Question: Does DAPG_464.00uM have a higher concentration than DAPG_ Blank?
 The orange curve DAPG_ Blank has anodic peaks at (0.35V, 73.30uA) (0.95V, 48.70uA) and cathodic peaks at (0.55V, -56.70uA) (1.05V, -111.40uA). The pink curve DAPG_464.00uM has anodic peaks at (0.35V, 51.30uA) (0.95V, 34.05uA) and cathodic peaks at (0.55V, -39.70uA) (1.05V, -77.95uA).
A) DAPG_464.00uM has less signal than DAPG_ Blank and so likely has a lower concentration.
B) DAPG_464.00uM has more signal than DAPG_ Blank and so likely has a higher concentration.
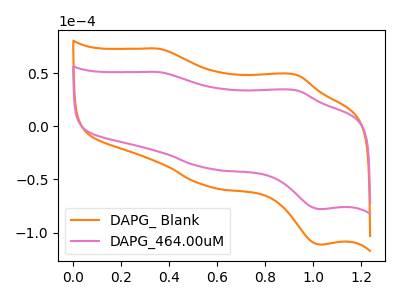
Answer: <think>All the peaks in "DAPG_464.00uM" have a peak in "DAPG_ Blank" at the same potential. Every peak in "DAPG_464.00uM" is lower than every peak in "DAPG_ Blank".
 </think>
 <answer>A) "DAPG_464.00uM" has less signal than "DAPG_ Blank" and so likely has a lower concentration.</answer>
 <eval>A</eval>